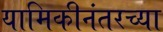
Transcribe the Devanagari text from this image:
यामिकीनंतरच्या